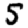
Digit: 5